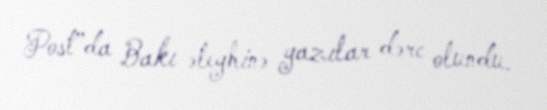
Post”da Bakı əleyhinə yazılar dərc olundu.